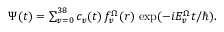
\begin{array} { r } { \Psi ( t ) = \sum _ { v = 0 } ^ { 3 8 } c _ { v } ( t ) \, f _ { v } ^ { \Omega } ( r ) \, \exp ( - i E _ { v } ^ { \Omega } t / \hbar ) . } \end{array}